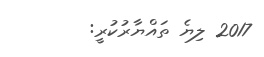
2017 ލިޔެ ތައްޔާރުކުރީ: